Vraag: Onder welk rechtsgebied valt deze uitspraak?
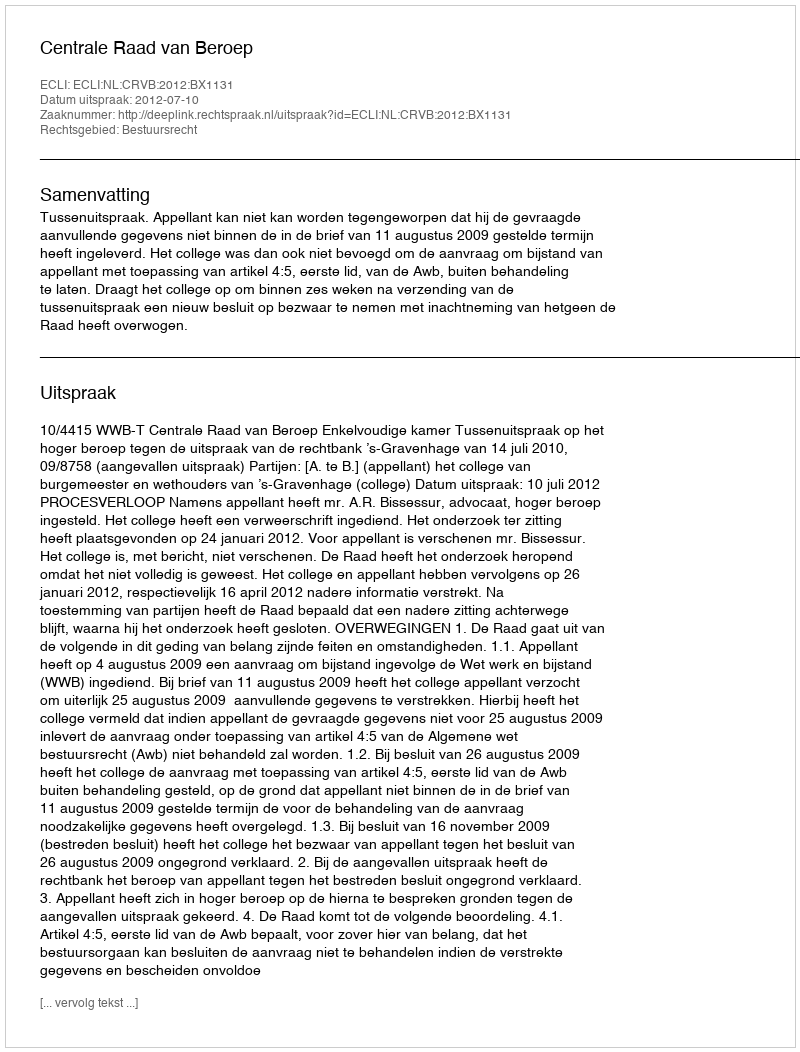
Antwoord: Bestuursrecht